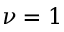
\nu = 1